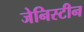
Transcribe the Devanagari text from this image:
जेनिस्टीन